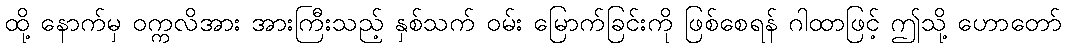
ထို့ နောက်မှ ဝက္ကလိအား အားကြီးသည့် နှစ်သက် ဝမ်း မြောက်ခြင်းကို ဖြစ်စေရန် ဂါထာဖြင့် ဤသို့ ဟောတော်